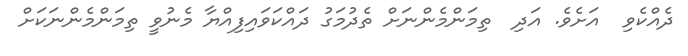
ދެއްކެވި  އަށެވެ. އަދި  ތިމަންމެންނަށް ތެދުމަގު ދައްކަވައިފިއްޔާ މެނުވީ ތިމަންމެންނަކަށް